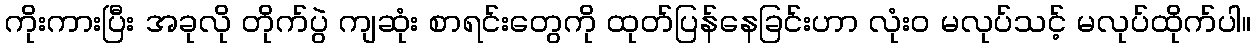
ကိုးကားပြီး အခုလို တိုက်ပွဲ ကျဆုံး စာရင်းတွေကို ထုတ်ပြန်နေခြင်းဟာ လုံး၀ မလုပ်သင့် မလုပ်ထိုက်ပါ။